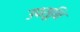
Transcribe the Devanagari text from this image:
उपसूनि